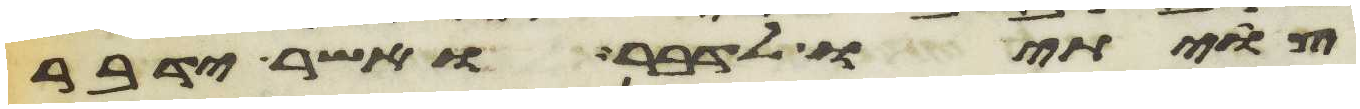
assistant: צויתיו לדבר ואשר ידבר